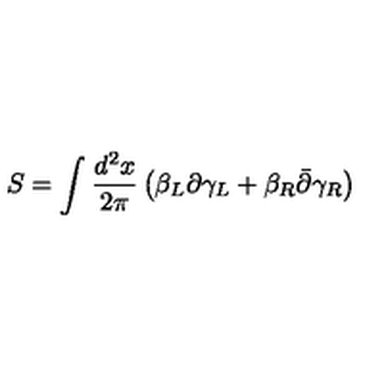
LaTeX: S = \int { \frac { d ^ { 2 } x } { 2 \pi } } \left( \beta _ { L } \partial \gamma _ { L } + \beta _ { R } \bar { \partial } \gamma _ { R } \right)